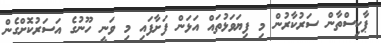
ޕާކިސްތާން ސަރުކާރުން މި ފިޔަވަޅުތައް އަޅަން ފަށާފައި މި ވަނީ ހޫނުގެ އަސަރުކޮށްގެން